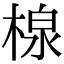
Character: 楾